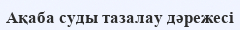
Ақаба суды тазалау дәрежесі